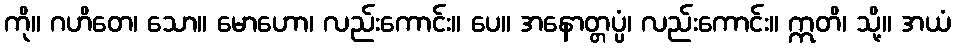
ကို။ ဂဟိတေ၊ သော။ မောဟော၊ လည်းကောင်း။ ပေ။ အနောတ္တပ္ပံ၊ လည်းကောင်း။ ဣတိ၊ သို့။ အယံ